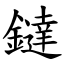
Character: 鐽